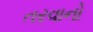
તરવાનો